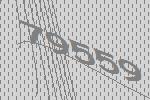
79559